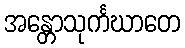
အန္တောသုင်္ကဃာတေ